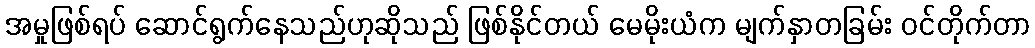
အမှုဖြစ်ရပ် ဆောင်ရွက်နေသည်ဟုဆိုသည် ဖြစ်နိုင်တယ် မေမိုးယံက မျက်နှာတခြမ်း ဝင်တိုက်တာ